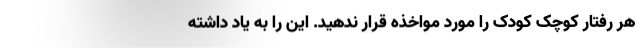
هر رفتار کوچک کودک را مورد مواخذه قرار ندهید. این را به یاد داشته